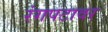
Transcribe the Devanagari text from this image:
रंगपटावर